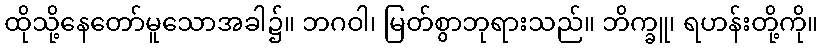
ထိုသို့နေတော်မူသောအခါ၌။ ဘဂဝါ၊ မြတ်စွာဘုရားသည်။ ဘိက္ခူ၊ ရဟန်းတို့ကို။